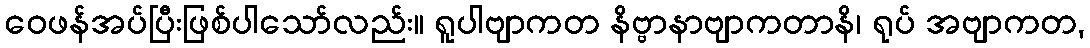
ဝေဖန်အပ်ပြီးဖြစ်ပါသော်လည်း။ ရူပါဗျာကတ နိဗ္ဗာနာဗျာကတာနိ၊ ရုပ် အဗျာကတ,